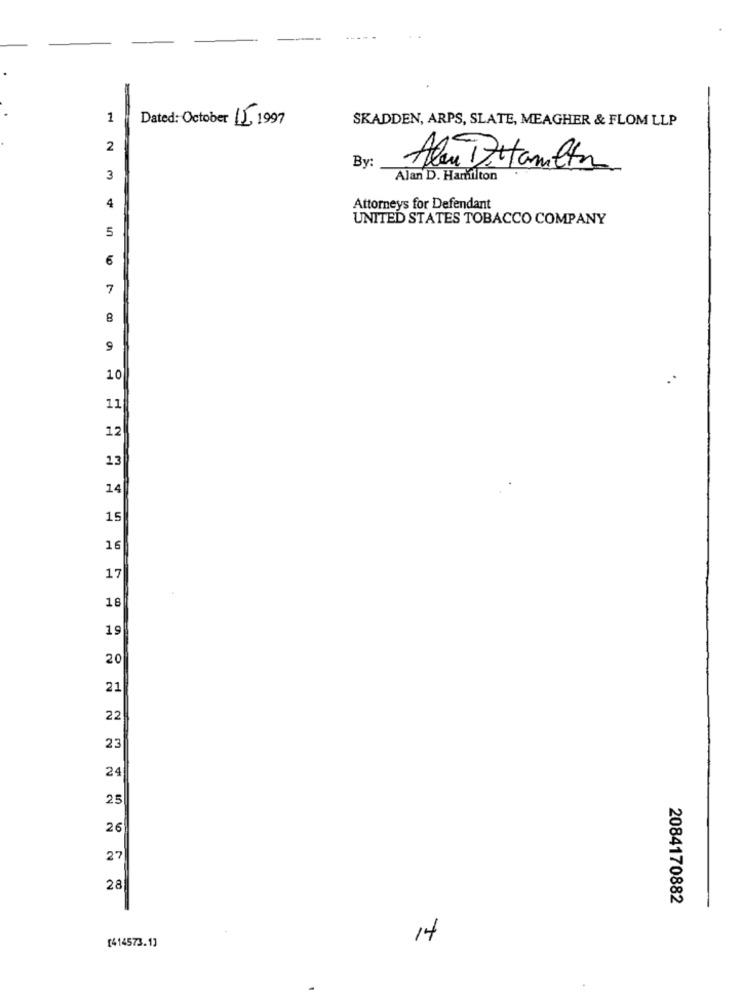
1
Dated :- October 15, 1997
SKADDEN, ARPS, SLATE, MEAGHER & FLOM LLP
2
By:
Alen DAHamilton
3
Alan D. Harfiton
4
Attorneys for Defendant
UNITED STATES TOBACCO COMPANY
5
6
7
8
9
10
11
12
13
14
15
16
17
18
20
21
22
23
24
25
26
27
28
2084170882
14
[414573.1]